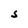
Character: S